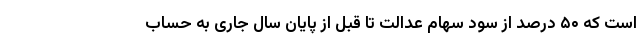
است که ۵۰ درصد از سود سهام عدالت تا قبل از پایان سال جاری به حساب